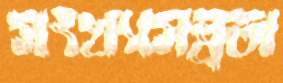
সংখ্যাসল্পতা